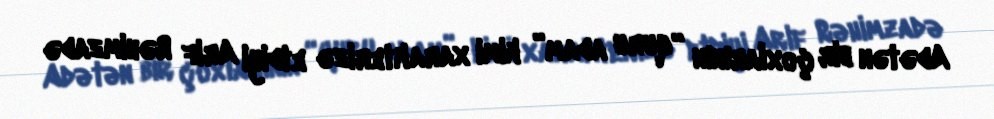
Adətən bir çoxlarının “quru adam” kimi xarakterizə etdiyi Arif Rəhimzadə